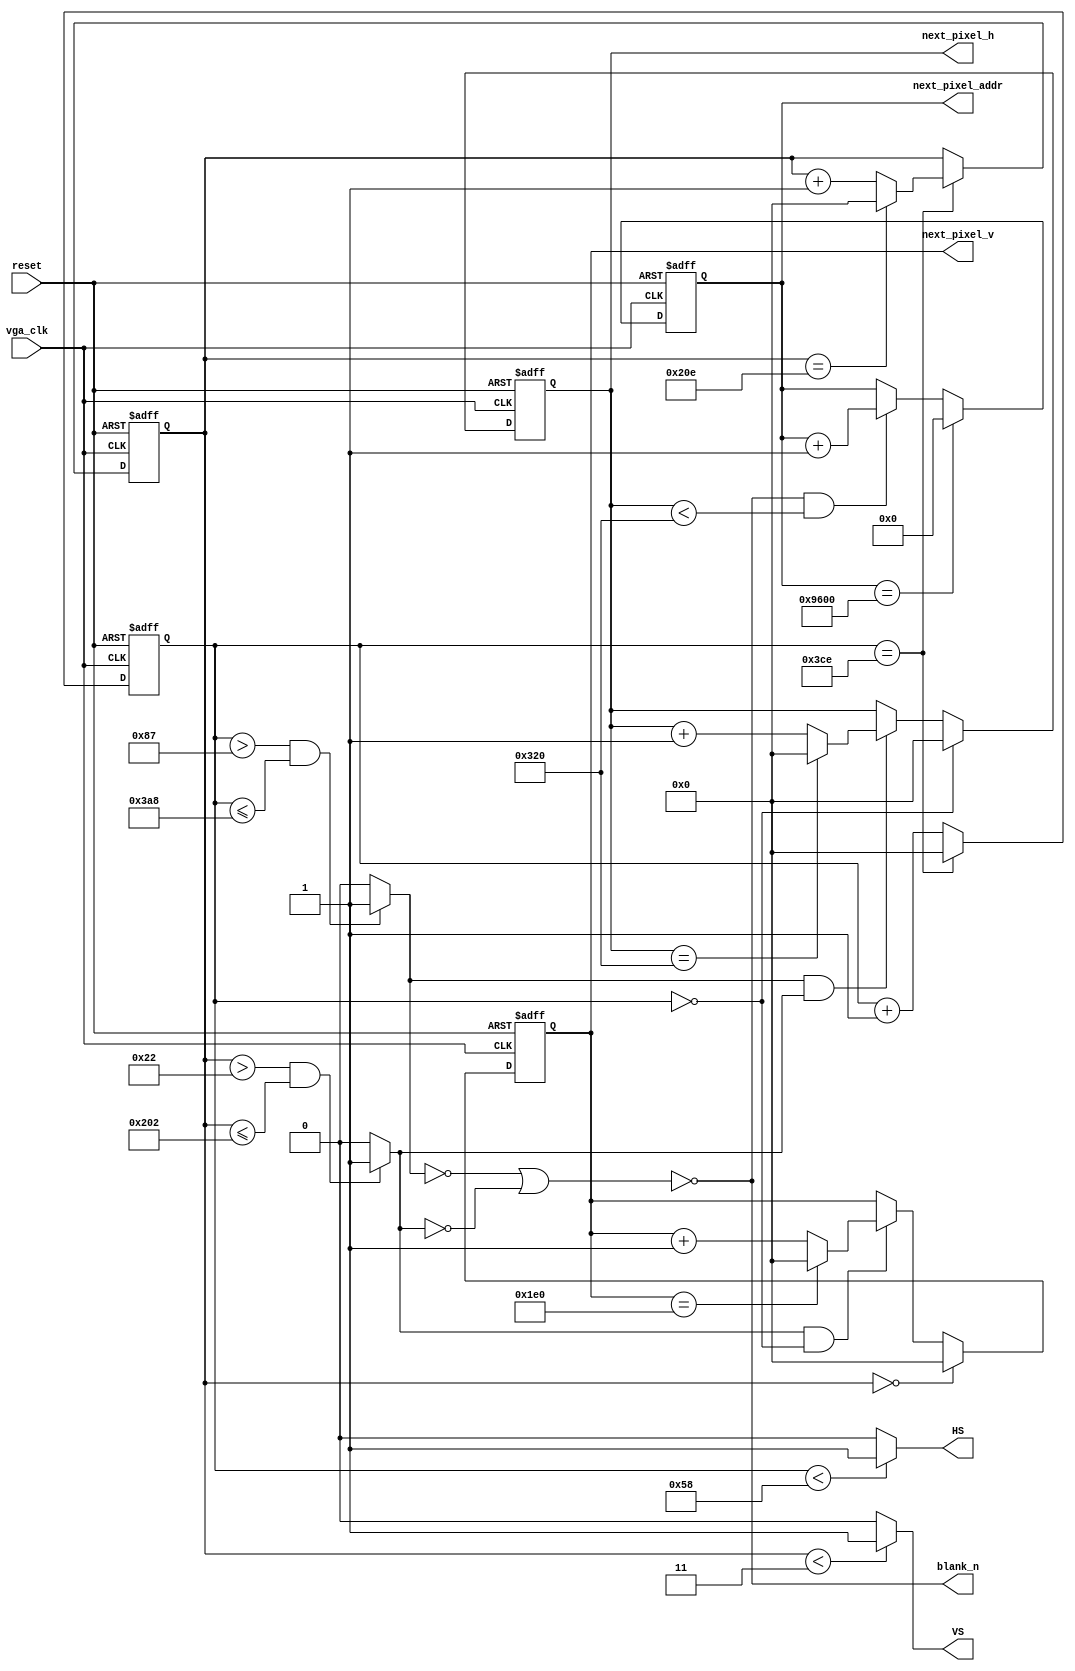
module vga_sync_generator(
    input reset,
    input vga_clk,
    output blank_n,
    output reg [10:0] next_pixel_h,
    output reg [10:0] next_pixel_v,
    output reg [31:0] next_pixel_addr,
    output HS,
    output VS
);


/*
--VGA Timing
--Horizontal :
--                ______________                 _____________
--               |              |               |
--_______________|  VIDEO       |_______________|  VIDEO (next line)

--___________   _____________________   ______________________
--           |_|                     |_|
--            B 
--              <-C-><----D----><-E->
--           <------------A--------->
--The Unit used below are pixels;  
--  B->Sync                         :H_sync
--  C->Back_porch                   :hori_back 
--  D->Visable Area                 :hori_visible
--  E->Front porch                  :hori_front
--  A->horizontal line total length :hori_line
--Vertical :
--               ______________                 _____________
--              |              |               |          
--______________|  VIDEO       |_______________|  VIDEO (next frame)
--
--__________   _____________________   ______________________
--          |_|                     |_|
--           P 
--             <-Q-><----R----><-S->
--          <-----------O---------->
--The Unit used below are horizontal lines;  
--  P->Sync                         :V_sync
--  Q->Back_porch                   :vert_back 
--  R->Visable Area                 :vert_visible
--  S->Front porch                  :vert_front
--  O->vertical line total length :vert_line
*/

    
    parameter hori_sync = 88;
    parameter hori_back  = 47; 
    parameter hori_visible  = 800;                           
    parameter hori_front = 40;

    
    parameter vert_sync = 3;
    parameter vert_visible  = 480;
    parameter vert_back  = 31;
    parameter vert_front = 13;
    
    parameter visible_pixels = 38400; // hori_visible * vert_visible


//=======================================================
//  REG/WIRE declarations
//=======================================================

    reg [10:0] h_cnt;
    reg [10:0] v_cnt;
    wire hori_valid, vert_valid;
    wire h_sync;
    wire v_sync;

    wire [31:0] vert_line;
    wire [31:0] hori_line;
    

//=======================================================
//  Structural coding
//=======================================================

    assign vert_line = vert_sync + vert_back + vert_visible + vert_front;
    assign hori_line = hori_sync + hori_back + hori_visible + hori_front;

    // Count the pixels including those in porches.
    always@(posedge vga_clk, posedge reset) begin
        if (reset) begin
            h_cnt <= 11'd0;
            v_cnt <= 11'd0;
        end else begin
            if (h_cnt == hori_line - 1) begin 
                h_cnt <= 11'd0;
            if (v_cnt == vert_line - 1)
                v_cnt <= 11'd0;
            else
                v_cnt <= v_cnt + 11'd1;
        end else
             h_cnt <= h_cnt + 11'd1;
        end
    end

    // Next pixel values.
    always@(posedge vga_clk, posedge reset) begin
        if (reset) begin
            next_pixel_h <= 11'd0;
        end else if (h_cnt == 0) begin 
            next_pixel_h <= 11'd0;
        end else if (hori_valid && vert_valid) begin 
            if (next_pixel_h == hori_visible) begin
                next_pixel_h <= 11'd0;
            end else begin
                next_pixel_h <= next_pixel_h + 11'd1;
            end
        end
    end
    
    always@(posedge vga_clk, posedge reset) begin
        if (reset) begin
            next_pixel_v <= 11'd0;
        end else if (v_cnt == 0) begin 
            next_pixel_v <= 11'd0;
        end else if (vert_valid && h_cnt == 0) begin
            if (next_pixel_v == vert_visible) begin
                next_pixel_v <= 11'd0;
            end else begin
                next_pixel_v <= next_pixel_v + 11'd1;
            end 
        end
    end
    
    always@(posedge vga_clk, posedge reset) begin
        if (reset) begin
            next_pixel_addr <= 32'd1;
        end else if (next_pixel_addr == visible_pixels) begin
            next_pixel_addr <= 32'd0;
        end else if (blank_n && (next_pixel_h < hori_visible)) begin
            next_pixel_addr <= next_pixel_addr + 32'd1;
        end 
    end

    // Sync pulses
    assign HS = (h_cnt < hori_sync) ? 1'b1 : 1'b0;
    assign VS = (v_cnt < vert_sync) ? 1'b1 : 1'b0;
    
    // Valid when not in the porches.
    assign hori_valid = (h_cnt > (hori_sync + hori_back) && h_cnt <= (hori_sync + hori_back + hori_visible + 1)) ? 1'b1 : 1'b0;
    assign vert_valid = (v_cnt > (vert_sync + vert_back) && v_cnt <= (vert_sync + vert_back + vert_visible)) ? 1'b1 : 1'b0; 
    assign blank_n = !(!hori_valid || !vert_valid);
    

endmodule